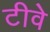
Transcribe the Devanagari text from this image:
टीवे